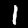
Label: 1